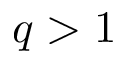
q > 1